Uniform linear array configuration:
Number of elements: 48
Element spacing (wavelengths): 1
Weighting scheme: cosine
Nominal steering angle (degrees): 30
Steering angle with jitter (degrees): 29.252
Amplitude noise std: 0.05
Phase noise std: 0.05

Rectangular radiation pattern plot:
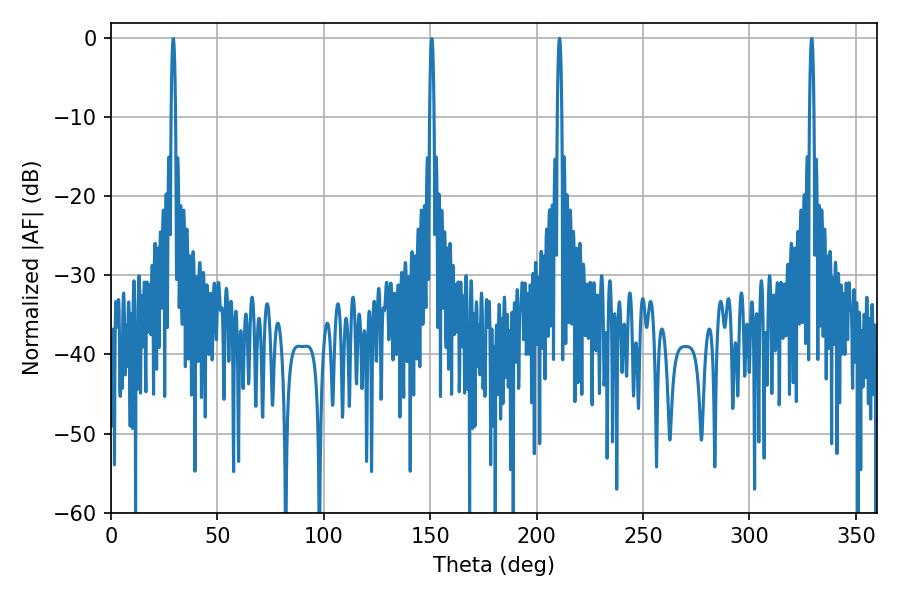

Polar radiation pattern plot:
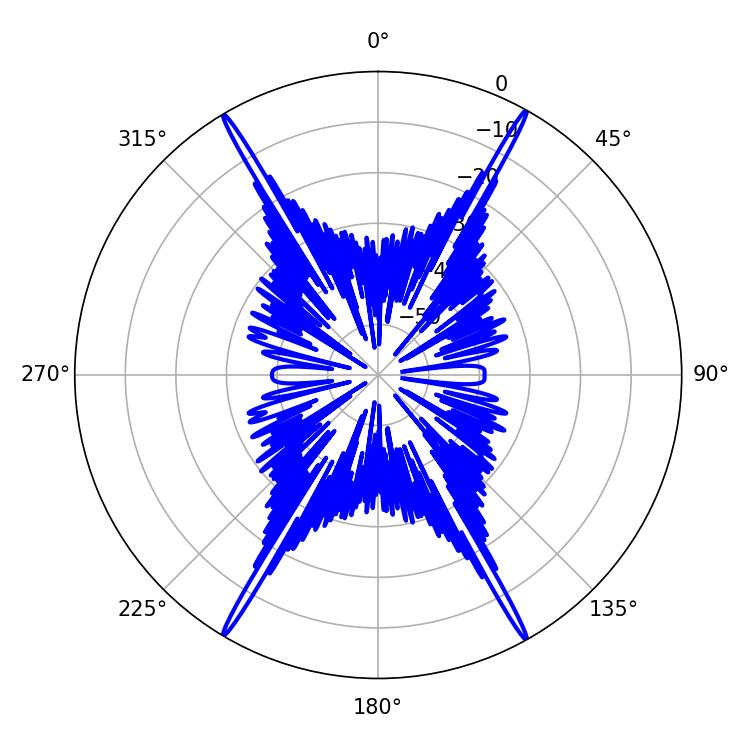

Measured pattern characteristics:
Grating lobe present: TRUE
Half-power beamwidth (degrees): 1.08
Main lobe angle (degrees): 329.22